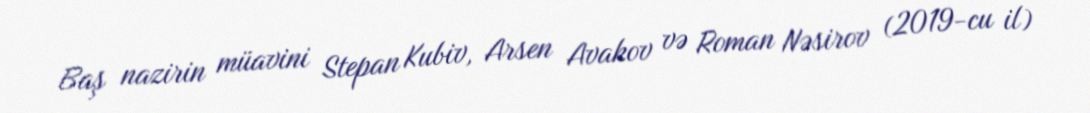
Baş nazirin müavini Stepan Kubiv, Arsen Avakov və Roman Nəsirov (2019-cu il)